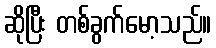
ဆိုပြီး တစ်ခွက်မော့သည်။